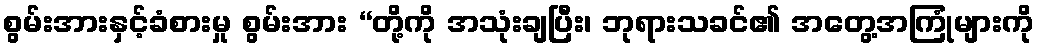
စွမ်းအားနှင့်ခံစားမှု စွမ်းအား “တို့ကို အသုံးချပြီး၊ ဘုရားသခင်၏ အတွေ့အကြုံများကို